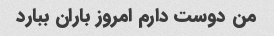
من دوست دارم امروز باران ببارد